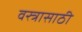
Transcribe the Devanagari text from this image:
वस्त्रासाठी